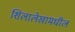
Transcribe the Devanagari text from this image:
शिलालेखामधील